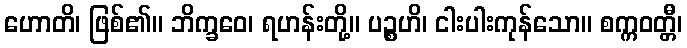
ဟောတိ၊ ဖြစ်၏။ ဘိက္ခဝေ၊ ရဟန်းတို့။ ပဉ္စဟိ၊ ငါးပါးကုန်သော။ စက္ကဝတ္တီ၊